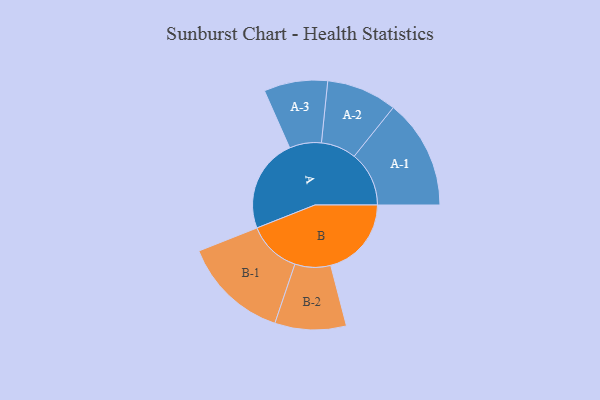
{"axis": {"x": "Segment", "y": "Value"}, "legend": ["", "A", "B"], "data": [{"x": "A", "y": 392, "type": ""}, {"x": "B", "y": 337, "type": ""}, {"x": "A-1", "y": 229, "type": "A"}, {"x": "A-2", "y": 147, "type": "A"}, {"x": "A-3", "y": 133, "type": "A"}, {"x": "B-1", "y": 222, "type": "B"}, {"x": "B-2", "y": 149, "type": "B"}]}